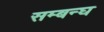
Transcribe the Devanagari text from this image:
सम्बन्घ